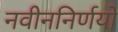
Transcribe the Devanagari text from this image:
नवीननिर्णयों